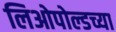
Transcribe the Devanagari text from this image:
लिओपोल्डच्या